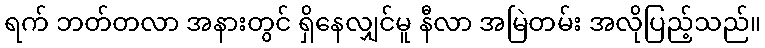
ရက် ဘတ်တလာ အနားတွင် ရှိနေလျှင်မူ နီလာ အမြဲတမ်း အလိုပြည့်သည်။